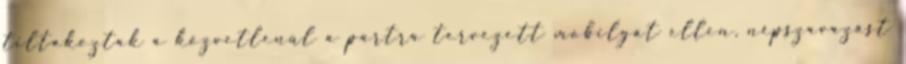
tiltakoztak a közvetlenül a partra tervezett mobilgát ellen, népszavazást